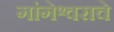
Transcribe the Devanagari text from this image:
गांगेश्वराचे